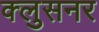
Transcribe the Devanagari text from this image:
क्लुसनर